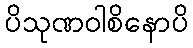
ပိသုဏဝါစိနောပိ